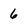
Character: 6